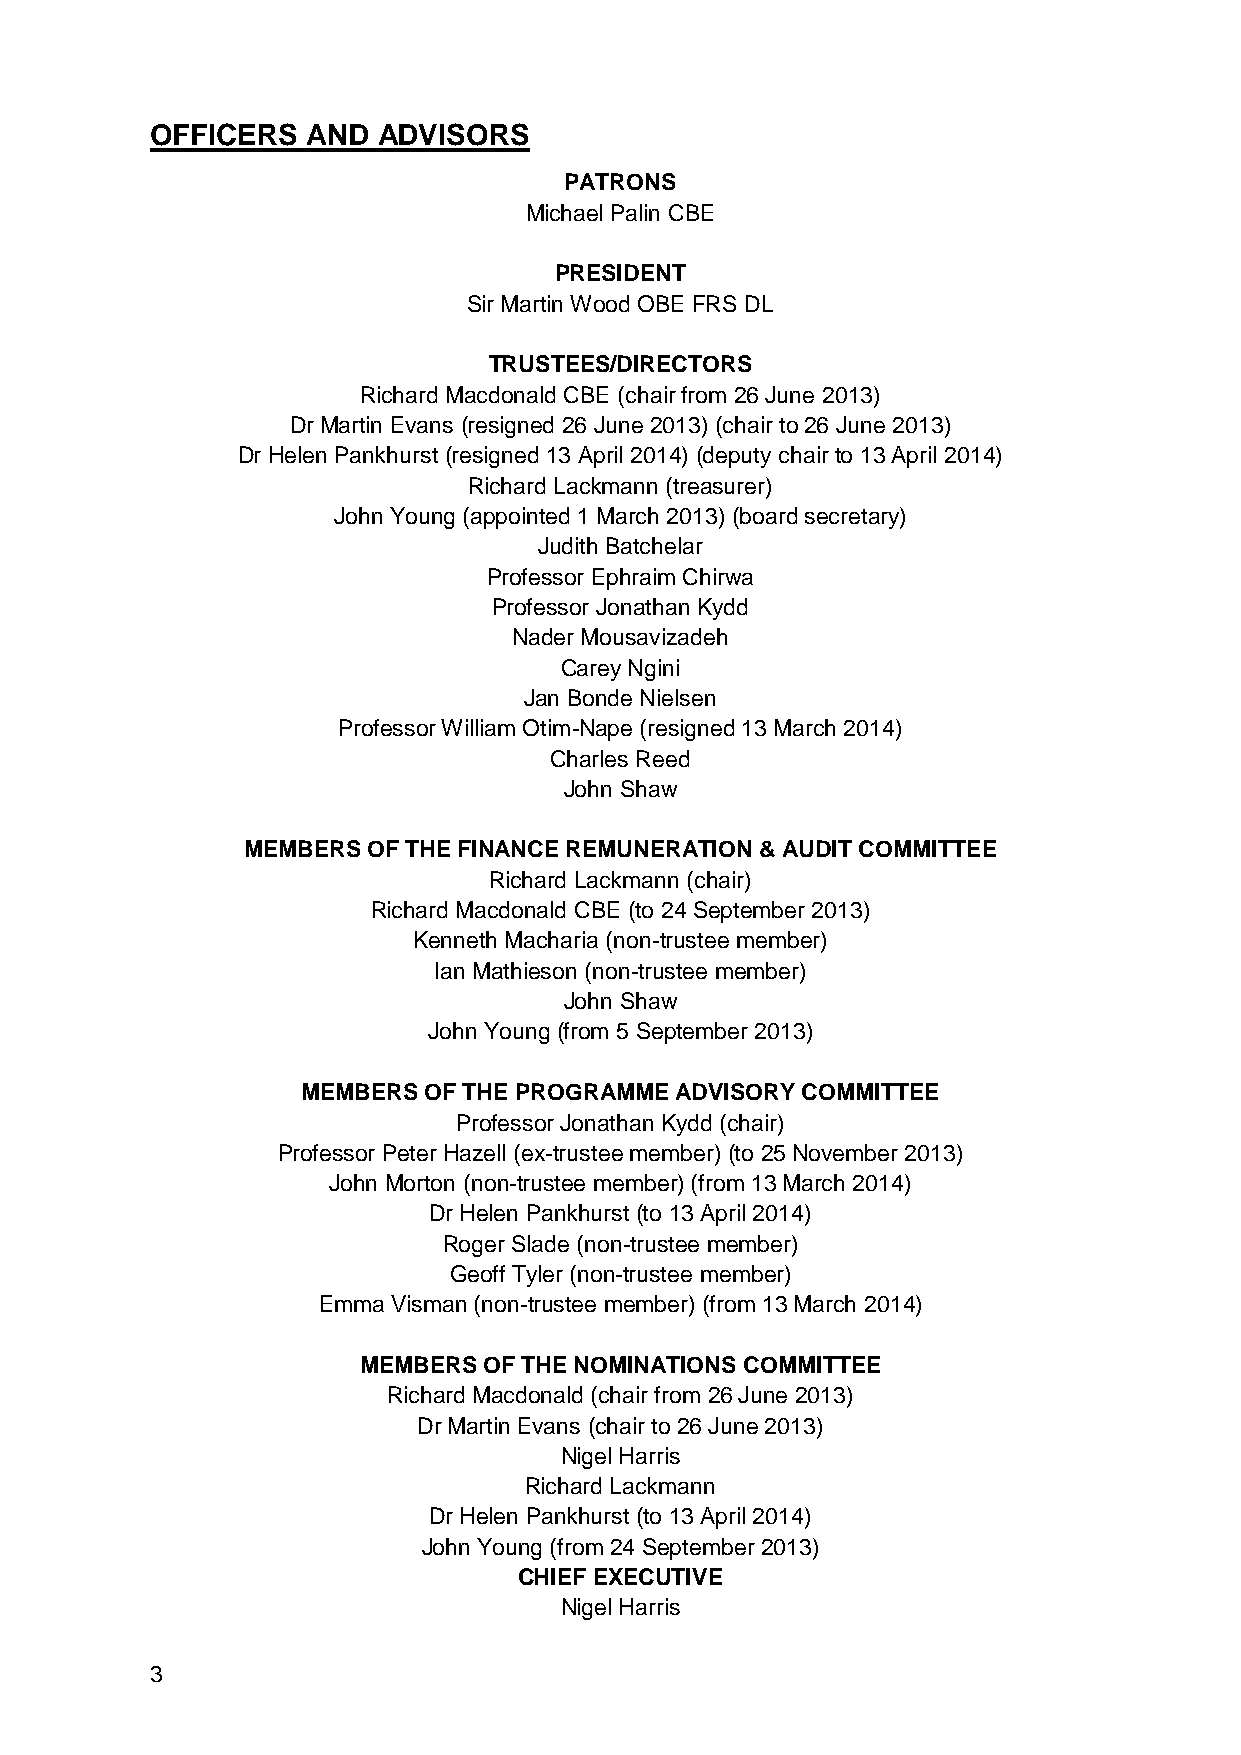
OFFICERS  AND  ADVISORS
 PATRONS
 Michael Palin CBE
 PRESIDENT
 Sir Martin Wood OBE FRS DL
 TRUSTEES/DIRECTORS
 Richard Macdonald CBE (chair from 26 June 2013)
 Dr Martin Evans (resigned 26 June 2013) (chair to 26 June 2013)
 Dr Helen Pankhurst (resigned 13 April 2014) (deputy chair to 13 April 2014)
 Richard Lackmann (treasurer)
 John Young (appointed 1 March 2013) (board secretary)
 Judith Batchelar
 Professor Ephraim Chirwa
 Professor Jonathan Kydd
 Nader Mousavizadeh
 Carey Ngini
 Jan Bonde Nielsen
 Professor William Otim-Nape (resigned 13 March 2014)
 Charles Reed
 John Shaw
 MEMBERS OF THE FINANCE REMUNERATION & AUDIT COMMITTEE
 Richard Lackmann (chair)
 Richard Macdonald CBE (to 24 September 2013)
 Kenneth Macharia (non-trustee member)
 Ian Mathieson (non-trustee member)
 John Shaw
 John Young (from 5 September 2013)
 MEMBERS OF THE PROGRAMME ADVISORY COMMITTEE
 Professor Jonathan Kydd (chair)
 Professor Peter Hazell (ex-trustee member) (to 25 November 2013)
 John Morton (non-trustee member) (from 13 March 2014)
 Dr Helen Pankhurst (to 13 April 2014)
 Roger Slade (non-trustee member)
 Geoff Tyler (non-trustee member)
 Emma Visman (non-trustee member) (from 13 March 2014)
 MEMBERS OF THE NOMINATIONS COMMITTEE
 Richard Macdonald (chair from 26 June 2013)
 Dr Martin Evans (chair to 26 June 2013)
 Nigel Harris
 Richard Lackmann
 Dr Helen Pankhurst (to 13 April 2014)
 John Young (from 24 September 2013)
 CHIEF EXECUTIVE
 Nigel Harris
 3